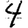
Digit: 4